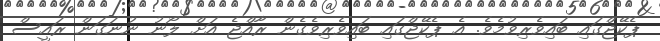
ޕެކޭޖްގައި ބައިވެރިވުމެވެ. އެ ޕެކޭޖްގައި ބައިވެރިވެގެން ރާއްްޖެ އަށް ލޯނު ނުނަގަން ރައީސް